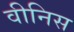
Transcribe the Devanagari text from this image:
वीनिस